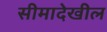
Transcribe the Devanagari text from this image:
सीमादेखील